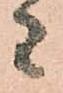
者